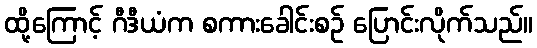
ထို့ကြောင့် ဂီဒီယံက စကားခေါင်းစဉ် ပြောင်းလိုက်သည်။